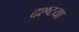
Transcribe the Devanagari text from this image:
दश्ष्टया